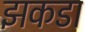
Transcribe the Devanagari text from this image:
झकडा